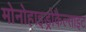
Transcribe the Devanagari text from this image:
मोनोहाइड्रोकैल्साइट